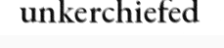
unkerchiefed